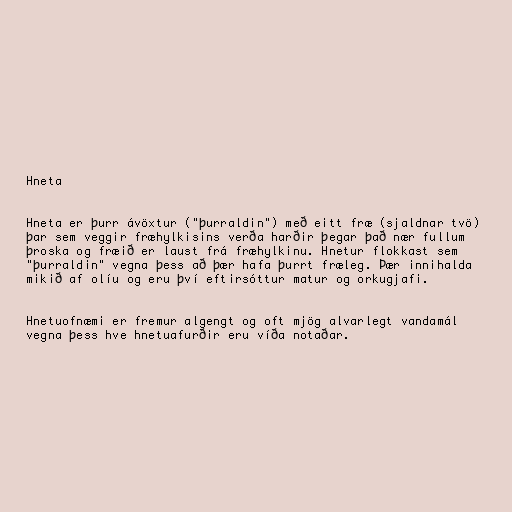
Hneta

Hneta er þurr ávöxtur ("þurraldin") með eitt fræ (sjaldnar tvö)
þar sem veggir fræhylkisins verða harðir þegar það nær fullum
þroska og fræið er laust frá fræhylkinu. Hnetur flokkast sem
"þurraldin" vegna þess að þær hafa þurrt fræleg. Þær innihalda
mikið af olíu og eru því eftirsóttur matur og orkugjafi.

Hnetuofnæmi er fremur algengt og oft mjög alvarlegt vandamál
vegna þess hve hnetuafurðir eru víða notaðar.